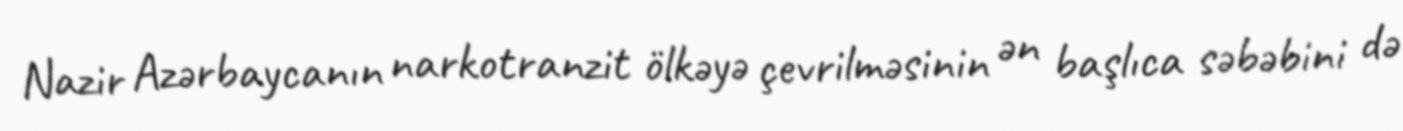
Nazir Azərbaycanın narkotranzit ölkəyə çevrilməsinin ən başlıca səbəbini də